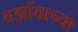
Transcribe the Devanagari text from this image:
वर्झावाच्या